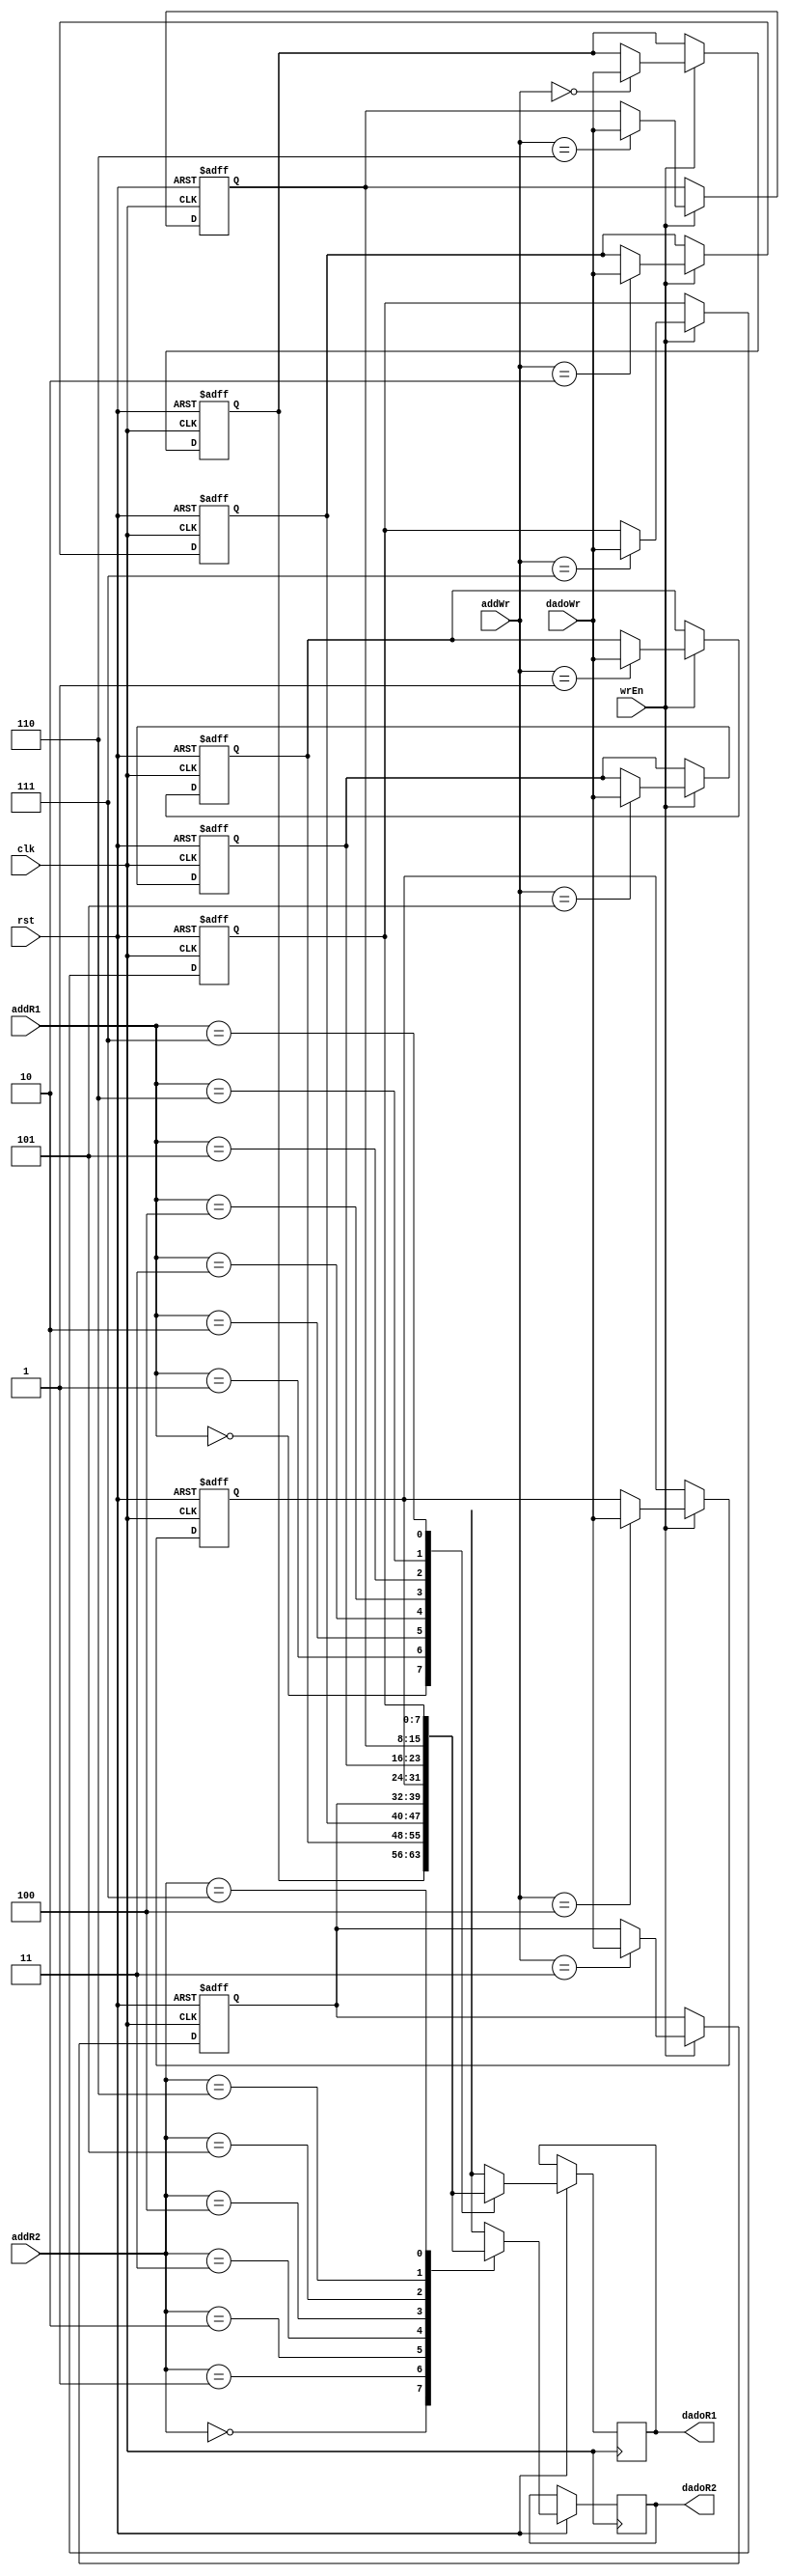
module bancoRegistradores(rst, clk, wrEn, addR1, addR2, addWr, dadoR1, dadoR2, dadoWr);
input clk, rst, wrEn;
input [2:0] addR1, addR2, addWr;
input [7:0] dadoWr;
output reg [7:0] dadoR1; 
output reg [7:0] dadoR2;

reg [7:0] dados [0:7];

	always @(negedge rst or posedge clk) begin
	
		if(rst == 0) begin
			dados[3'b000] <= 8'b10100000;
			dados[3'b001] <= 8'b10100001;
			dados[3'b010] <= 8'b10100010;
			dados[3'b011] <= 8'b10100011;
			dados[3'b100] <= 8'b10100100;
			dados[3'b101] <= 8'b10100101;
			dados[3'b110] <= 8'b10100110;
			dados[3'b111] <= 8'b10100111;
		end 
		
		else begin
		
			if(wrEn == 1) begin
				dados[addWr] <= dadoWr;
			end
			
			dadoR1 <= dados[addR1];
			dadoR2 <= dados[addR2];
			
		end
		
	end
	
endmodule